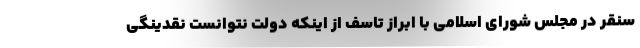
سنقر در مجلس شورای اسلامی با ابراز تاسف از اینکه دولت نتوانست نقدینگی